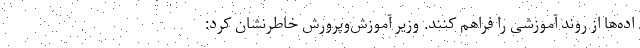
اده‌ها از روند آموزشی را فراهم کنند. وزیر آموزش‌وپرورش خاطرنشان کرد: